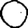
Digit: 0